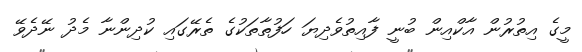
މީގެ އިތުރުން އާކްއިން ބުނީ ފާއިތުވެދިޔަ ހަފުތާތަކުގެ ތެރޭގައި ކުދިންނާ މެދު ނޭދެވޭ